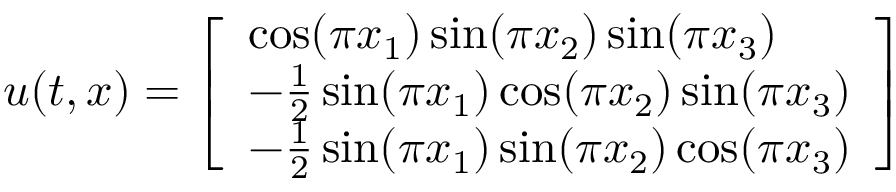
\boldsymbol { u } ( t , \boldsymbol { x } ) = \left[ \begin{array} { l } { \cos ( \pi x _ { 1 } ) \sin ( \pi x _ { 2 } ) \sin ( \pi x _ { 3 } ) } \\ { - \frac { 1 } { 2 } \sin ( \pi x _ { 1 } ) \cos ( \pi x _ { 2 } ) \sin ( \pi x _ { 3 } ) } \\ { - \frac { 1 } { 2 } \sin ( \pi x _ { 1 } ) \sin ( \pi x _ { 2 } ) \cos ( \pi x _ { 3 } ) } \end{array} \right]